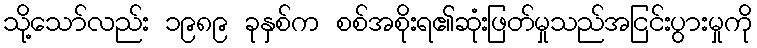
သို့သော်လည်း ၁၉၈၉ ခုနှစ်က စစ်အစိုးရ၏ဆုံးဖြတ်မှုသည်အငြင်းပွားမှုကို